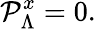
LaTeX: {\cal P}_{\Lambda}^{x}=0.